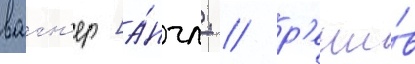
вагн'ер [а́нгл. / р'еши́в